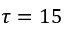
\tau = 1 5